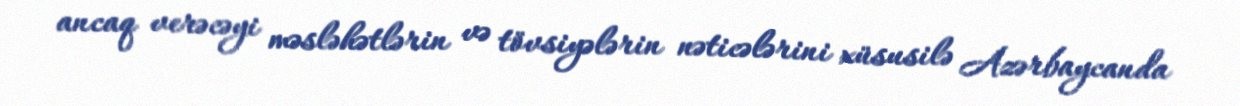
ancaq verəcəyi məsləhətlərin və tövsiyələrin nəticələrini xüsusilə Azərbaycanda